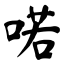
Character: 喏